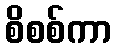
စိစစ်ကာ